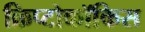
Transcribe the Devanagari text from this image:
क्रिप्टोकॉकिस